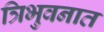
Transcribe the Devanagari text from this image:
त्रिभुवनात